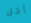
أجل